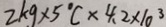
2 k g \times 5 ^ { 1 } C \times 4 . 2 \times 1 0 ^ { 3 }